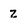
Character: 2